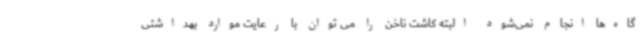
گاه‌ها انجام نمی‌شود البته کاشت ناخن را می توان با رعایت موارد بهداشتی